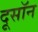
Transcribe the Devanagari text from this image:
दूसॉन